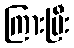
ကြားပြီး